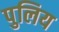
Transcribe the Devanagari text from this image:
पुलिय